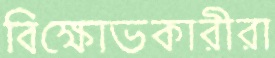
বিক্ষোভকারীরা